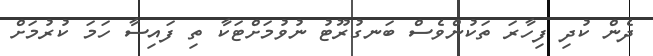
ދެން ކުދި ފިހާރަ ތަކުންވެސް ބަނގުރޫޓު ނުވުމަށްޓަކާ ތި ފައިސާ ހަމަ ކުރުމަށް